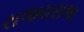
રાજયસભા